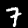
Label: 7